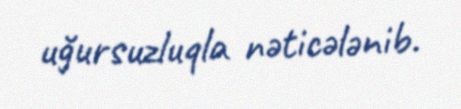
uğursuzluqla nəticələnib.